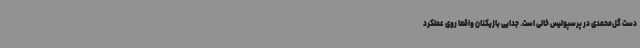
دست گل‌محمدی در پرسپولیس خالی است. جدایی بازیکنان واقعا روی عملکرد